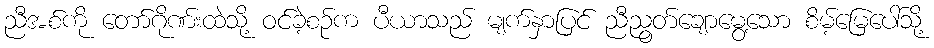
ညီအစ်ကို တော်ဂိုဏ်းထဲသို့ ဝင်ခဲ့စဉ်က ပီယာသည် မျက်နှာပြင် ညီညွတ်ချောမွေ့သော စိမ့်မြေပေါ်သို့